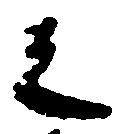
之